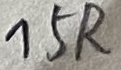
Text: 15R